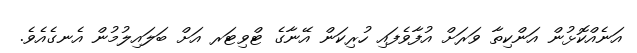
އަނެއްކޮޅުން އަންކިތާ ވަރަށް އުފާވެފައި ހުރިކަން އޭނާގެ ޓްވިޓަރ އަށް ބަލައިލުމުން އެނގެއެވެ.